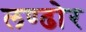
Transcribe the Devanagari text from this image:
लण्ढोर